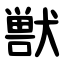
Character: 獣